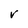
Character: V